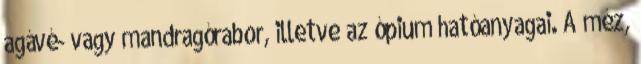
agávé- vagy mandragórabor, illetve az ópium hatóanyagai. A méz,